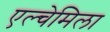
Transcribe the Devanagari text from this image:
एल्चेमिला